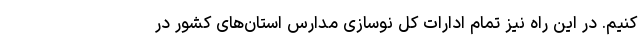
کنیم. در این راه نیز تمام ادارات کل نوسازی مدارس استان‌های کشور در